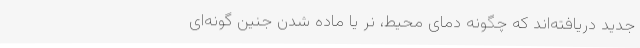
جدید دریافته‌اند که چگونه دمای محیط، نر یا ماده شدن جنین گونه‌ای